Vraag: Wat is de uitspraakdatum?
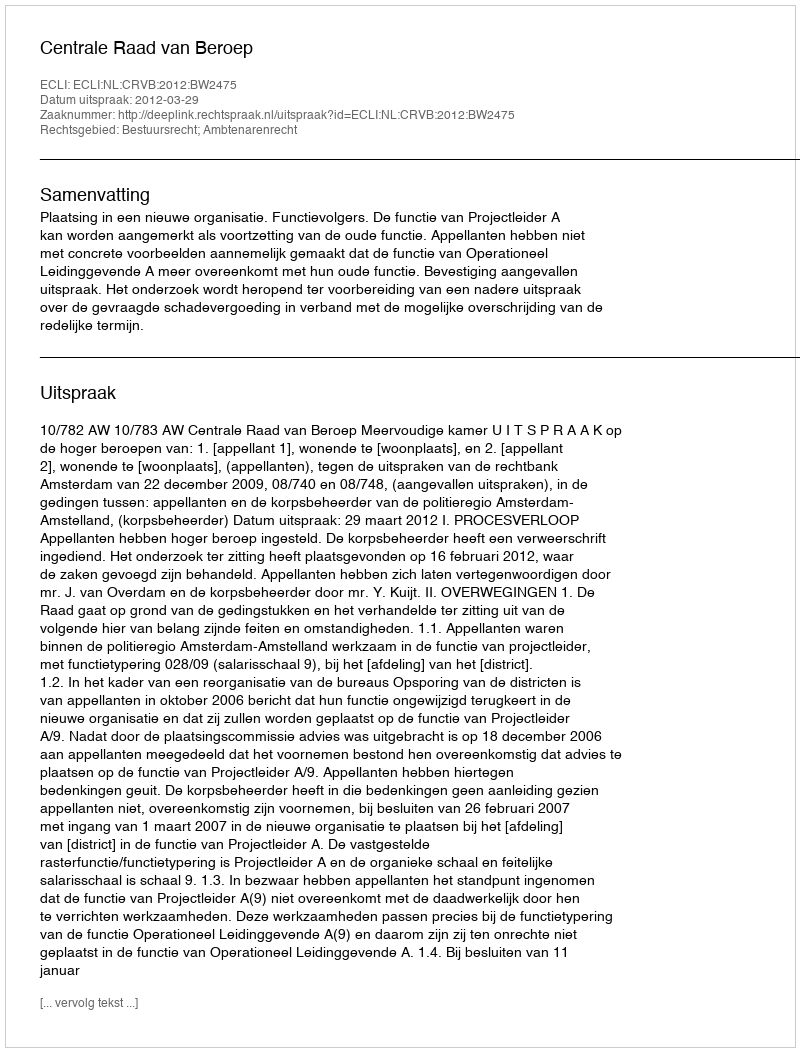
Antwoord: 2012-03-29